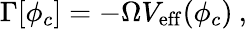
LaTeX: \Gamma[\phi_{c}]=-\Omega V_{\mathrm{eff}}(\phi_{c})\: ,